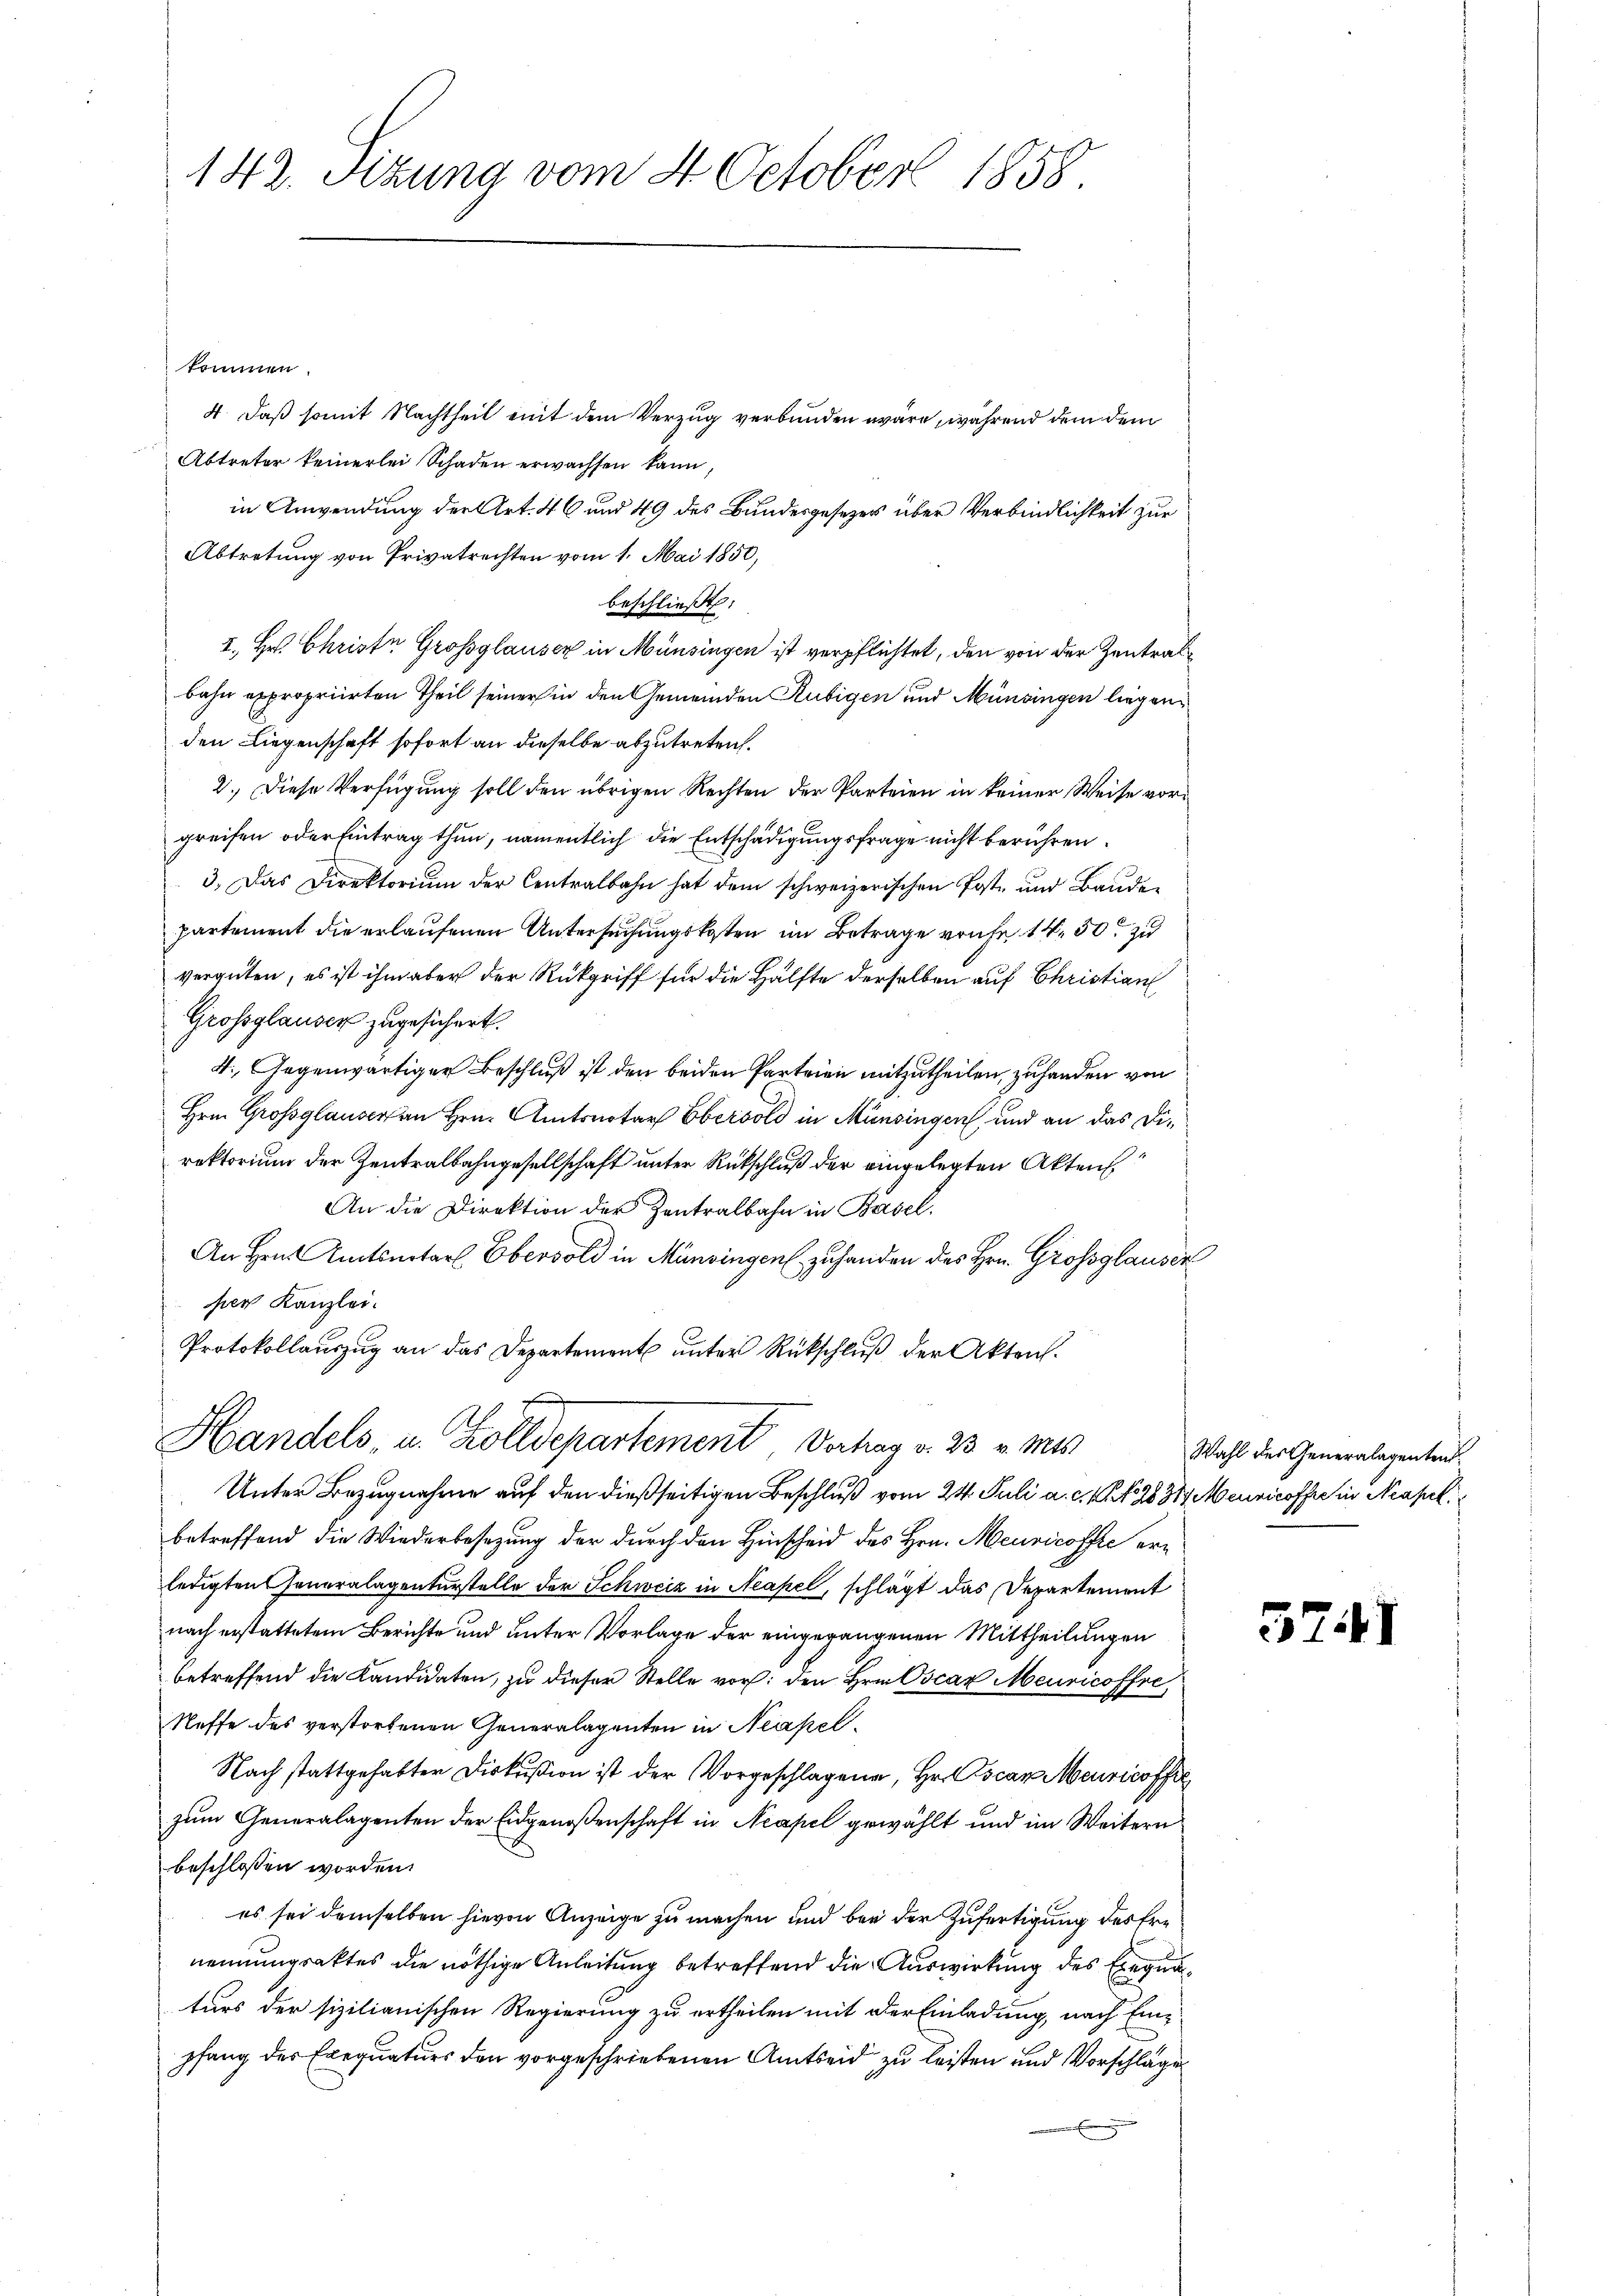
142. Sitzung vom 4. October 1858.

kommen.
4. daß somit Nachtheil mit dem Verzug verbunden wäre, während dem dem
Abtreter keinerlei Schaden erwachsen kann,
in Anwendung der Art. 46 und 49 des Bundesgesezes über Verbindlichkeit zur
Abtretung von Privatrechten vom 1. Mai 1850,
beschließt:
2., Hr. Christe Grossglauser in Münsingen ist verpflichtet, den von der Zentratbahn expropriirten Theil seiner in den Gemeinden Rubigen und Münsingen liegenden Liegenschaft sofort an dieselbe abzutreten.
2.) Diese Verfügung soll den übrigen Rechten der Parteien in keiner Weise vorgreifen oder Eintrag thun, namentlich die Entschädigungsfrage nicht berühren.
3. Das Direktorium der Centralbahn hat dem schweizerischen Post- und Baudepartement die erlaufenen Untersuchungskosten im Betrage vorher 14. 50. zu
vergüten, es ist ihm aber der Rückgriff für die Hälfte derselben auf Christian
Grossglauser zugesichert.
4. Gegenwärtiger Beschluß ist den beiden Parteien mitzutheilen, zu handen von
Hrn. Grossglauser an Hrn. Amtsnotar Eberold in Münsingen und an das Direktorium der Zentralbahngesellschaft unter Rückschluß der eingelegten Akten.
An die Direktion der Zentralbahn in Basel.
An Hrn. Amtsnotarl Eberold in Münsingen zuhanden des Hrn. Grossglausen
per Kanzlei.
Protokollauszug an das Departement unter Rückschluß der Akten.
Handels, u. Zolldepartement Verhag v. 23. v. Mts
Unter Bezugnahme auf den dießseitigen Beschluß vom 24. Juli a. c. 1 f 28 31 Meuricoffre in Neapek
betreffend die Wiederbesezung der durch den Hinscheid des Hrn. Meuricoffe erledigten Generalagenturstelle der Schweiz in Neapel, schlägt das Departement
nach erstattetem Berichte und unter Vorlage der eingegangenen Mittheilungen
betreffend die Kandidaten, zu dieser Stelle vor: den Hrn. Oscar Meuricoffre
Neffe des verstorbenen Generalagenten in Neapel¬
Nach stattgehabter Diskußion ist der Vorgeschlagen, Hr. ocan Meuricoff
zum Generalagenten der Eidgenoßenschaft in Neapel gewählt und im Weitern
beschlossen worden.
es sei demselben hievon Anzeige zu machen und bei der Zufertigung des Erenennungsaktes die nöthige Anleitung betreffend die Auswirkung des Exequaturs der sizilianischen Regierung zu ertheilen mit der Einladung, nach Einpfang des Exequaturs den vorgeschriebenen Amtseid zu leisten und Vorschlage

Wahl des Generalagentent

5241